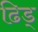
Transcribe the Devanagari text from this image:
ढिड्